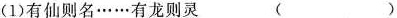
(1)有仙则名……有龙则灵 ()